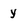
Character: y